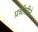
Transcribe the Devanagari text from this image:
प्रचीतीने